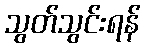
သွတ်သွင်းရန်